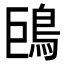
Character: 𩿝